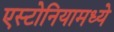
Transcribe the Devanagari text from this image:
एस्टोनियामध्ये